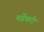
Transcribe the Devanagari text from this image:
मर्ढेकरी